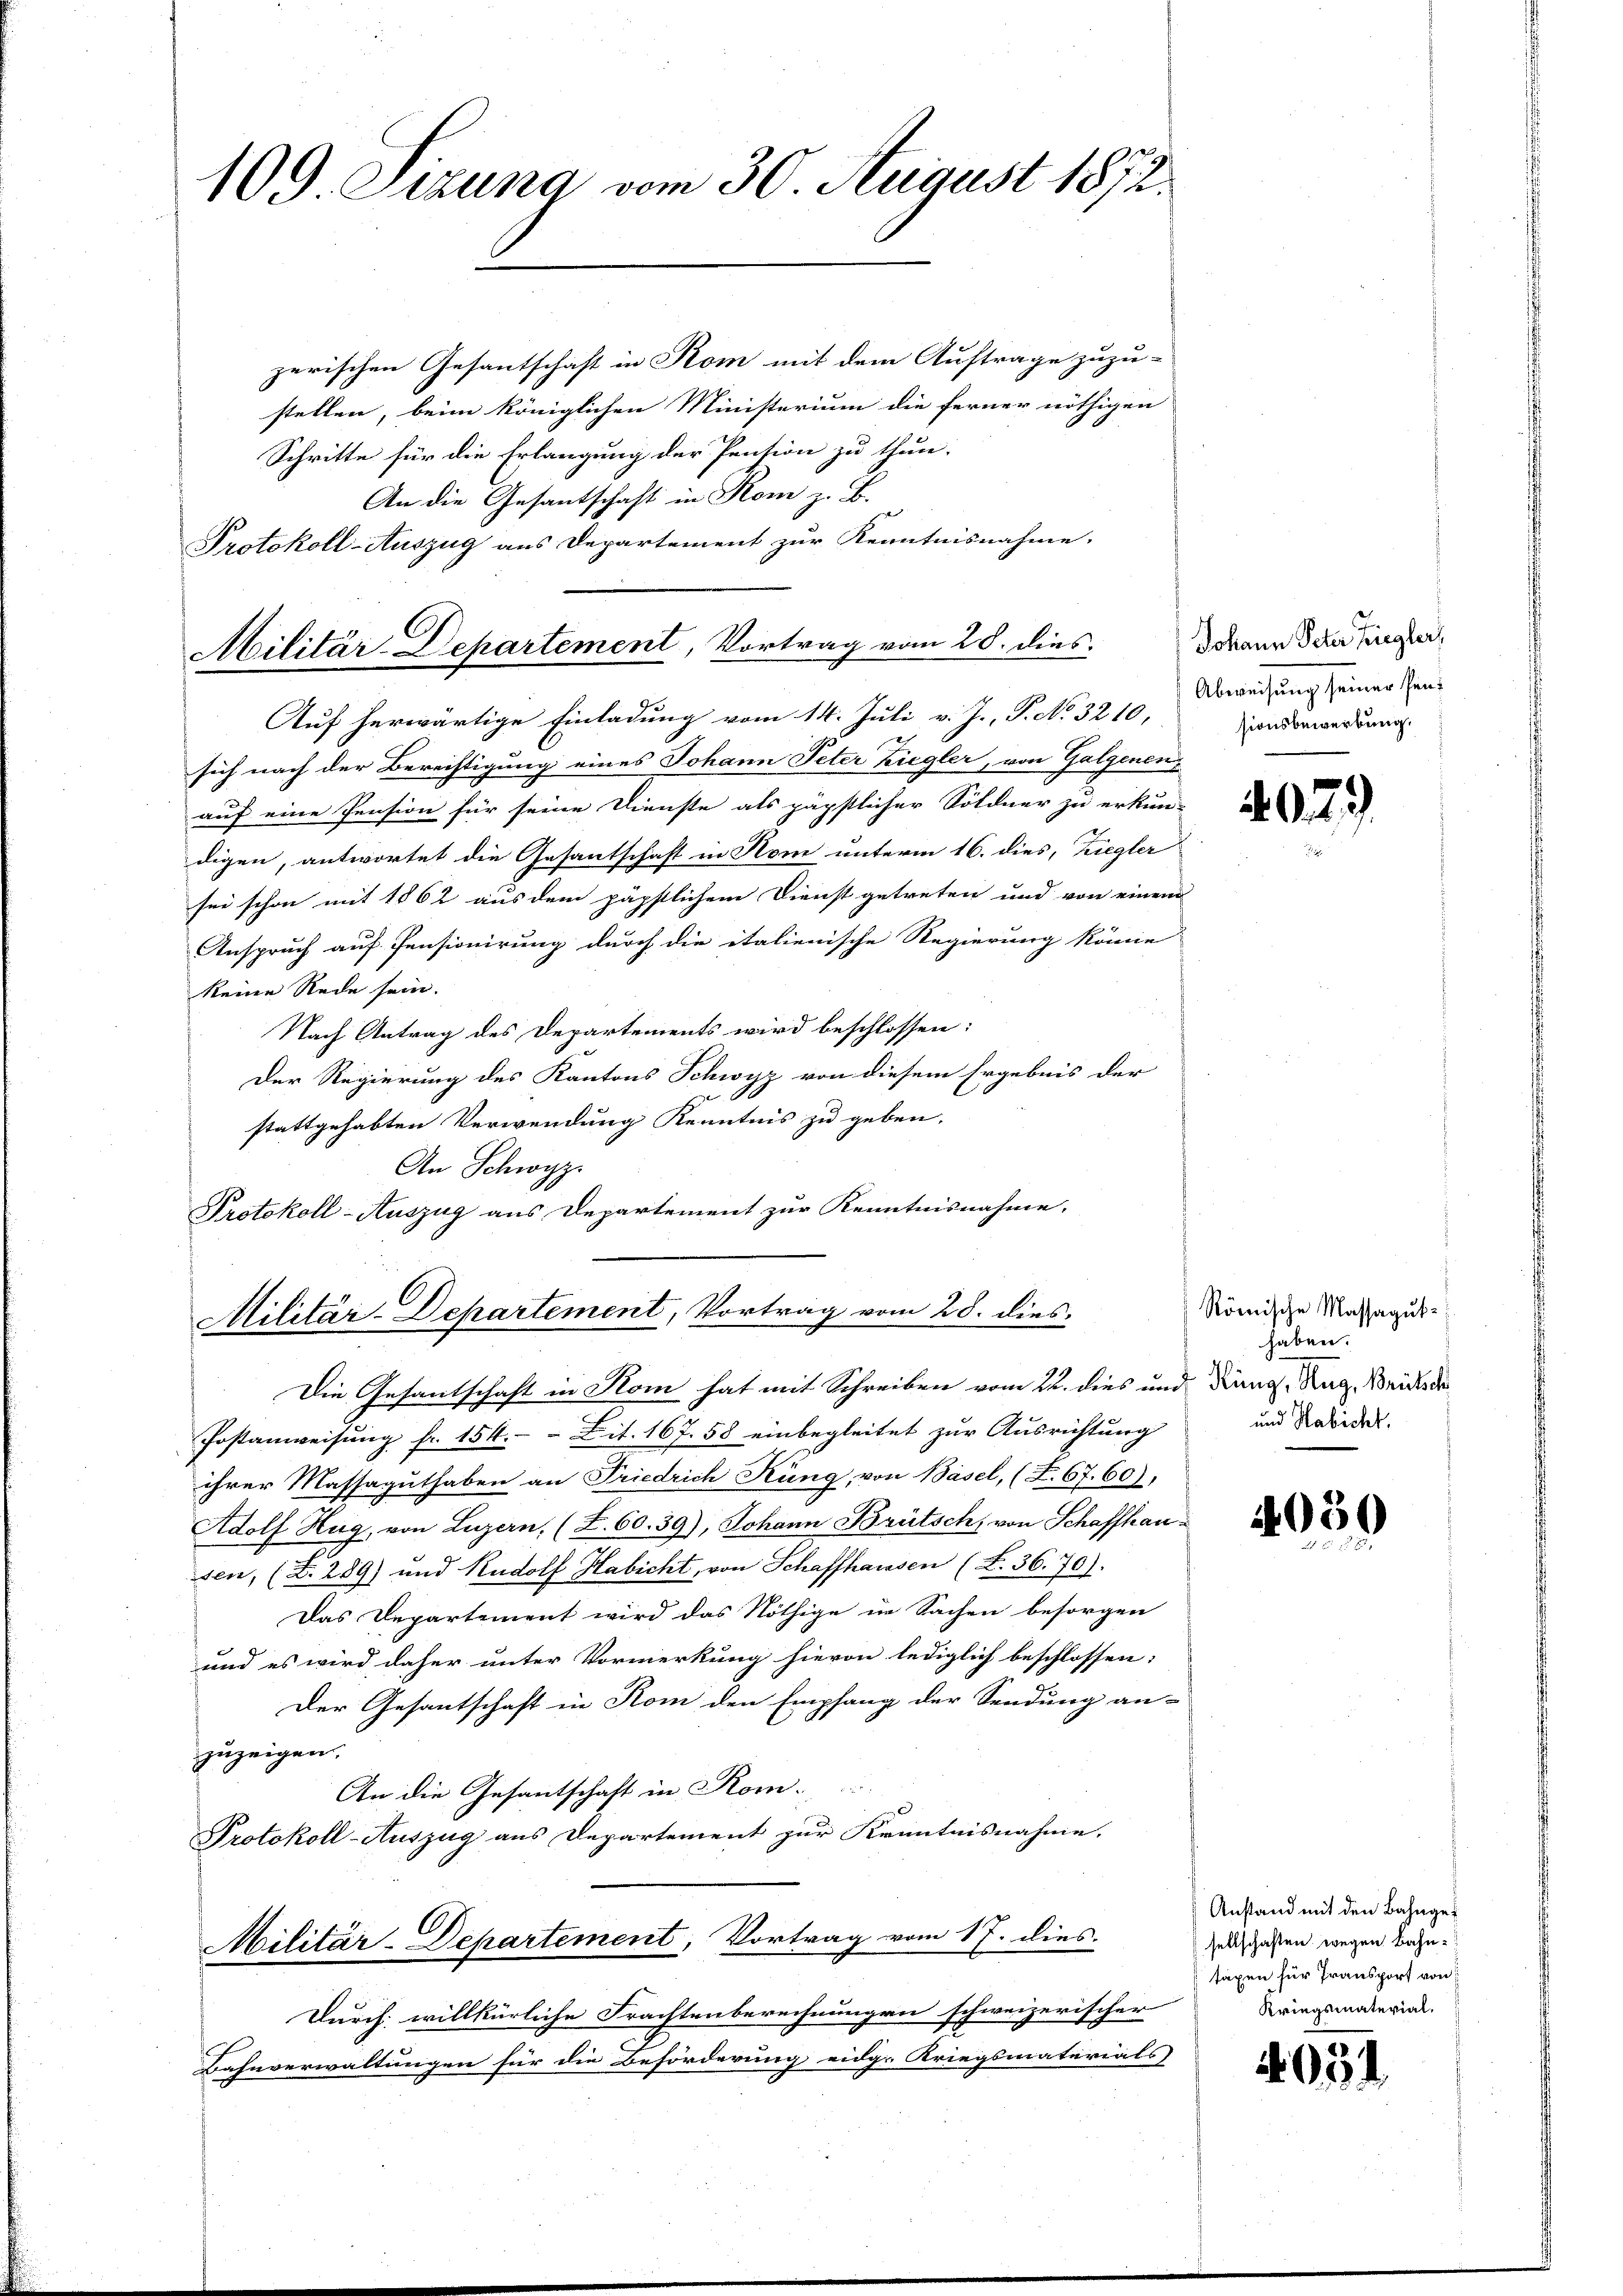
109. Jezuna vom 30. August 1872.

zerischen Gesantschaft in Kom mit dem Auftrage zuzu-
stellen, beim königlichen Ministerium die ferner nöthigen
Schritte für die Erlangung der Pension zu thun
An die Gesantschaft in Rom z. B.
Protokoll-Auszug aus Departement zur Kenntnisnahme.
Auf herwärtige Einladung vom 14. Juli v. J., P. No. 3210,
sich nach der Berechtigung eines Johann Peter Ziegler, von Galgenen
auf eine Pension für seine Dienste als päpstlicher Söldner zu erkun-
digen, antwortet die Gesantschaft in Rom unterm 16. dies, Ziegler
sei schon mit 1862 aus dem päpstlichem Dienst getreten und von einem
Anspruch auf Pensionirung durch die italienische Regierung könne
keine Rede sein.
Nach Antrag des Departements wird beschlossen:
Der Regierung des Kantons Schwyz von diesem Ergebnis der
stattgehabten Verwendung Kenntnis zu geben.
An Schwyz.
Protokoll-Auszug aus Departement zur Kenntnisnahme.
Militär-Departement, Vortrag vom 28. dies
Die Gesantschaft in Kom hat mit Schreiben vom 22. dies und Drang. Rag. Weider de
Postanweisung fr. 154. Lit. 167. 58 einbegleitet zur Ausrichtung
ihrer Massaguthaben an Friedrich Küng, von Basel, (T.67.60)
Adolf Hug, von Luzern, (T.60.39), Johann Brütsch, von Schaffhausen, (Z. 289) und Rudolf Habicht, von Schaffhausen (S. 36. 70).
Das Departement wird das Nöthige in Sachen besorgen
und es wird daher unter Vormerkung hievon lediglich beschlossen:
Der Gesantschaft in Rom den Empfang der Sendung an-
zuzeigen.
An die Gesantschaft in Kom¬
Protokoll-Auszug aus Departement zur Kenntnisnahme.
Militär-Departement, Vortrag vom 17. dies
Durch willkürliche Frachtenberechnungen schweizerischer
Bahnverwaltungen für die Beförderung eidg. Kriegsmaterials

Militär-Departement, Vortrag vom 20. dies

Johann Peter Ziegler,
Abweisung seiner Pensionsbewerbung.

4029

Römische Massaguthaben.
und Habicht.

4059

Anstand mit den Bahngesellschaften wegen Bahntaxen für Transport von
Kriegsmaterial.

4031.